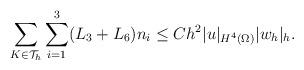
LaTeX: \begin{align*}\sum_{K\in\mathcal{T}_h}\sum_{i=1}^3(L_3+L_6)n_i\leq Ch^2|u|_{H^4(\Omega)}|w_h|_h. \end{align*}